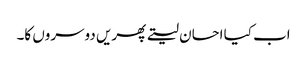
اب کیا احسان لیتے پھریں دوسروں کا۔